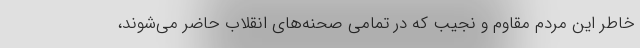
خاطر این مردم مقاوم و نجیب که در تمامی صحنه‌های انقلاب حاضر می‌شوند،